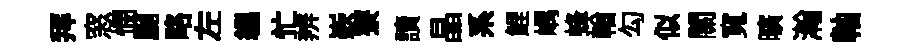
拜窓憫劂略左緼忙辨嶔寮讀晶系鯉嵎蜂輶勾似關寬曠瀚軸